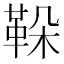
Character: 𩊜